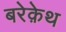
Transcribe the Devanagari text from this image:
बरेक़ेथ